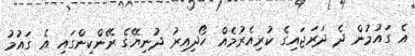
އެ ގައުމުން ދެ ދަރަޖައިގެ ކުރިއެރުމެއް ހޯދިއިރު ދުނިޔޭގެ ރޭންކިންގައި އެ ގައުމު